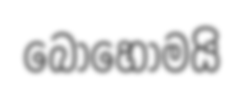
බොහෝමයි